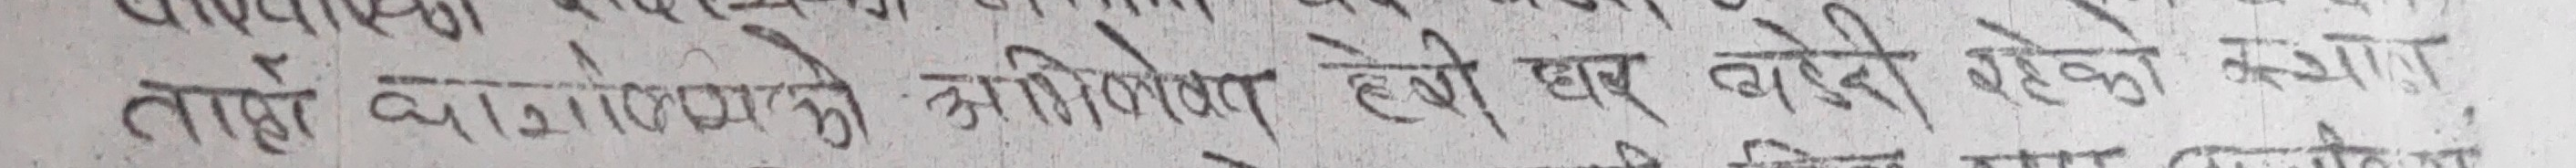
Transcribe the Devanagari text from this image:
ताहो वाओल्लयएको कृतिविशेष होइन घर बारी रहेको कथा